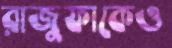
রাজুফাকেও